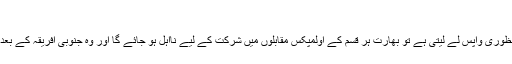
‘
اگر آئی او سی بھارتی اولمپک ایسوسی ایشن سے اپنی منظوری واپس لے لیتی ہے تو بھارت ہر قسم کے اولمپکس مقابلوں میں شرکت کے لیے نااہل ہو جائے گا اور وہ جنوبی افریقہ کے بعد اولمپکس موومنٹ سے خارج ہونے والا پہلا ملک ہوگا۔